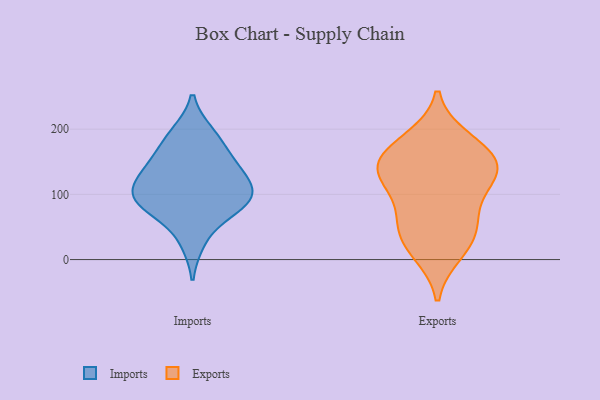
{"axis": {"x": "Customer Acquisition Cost (USD)", "y": "Value"}, "legend": ["Exports", "Imports"], "data": [{"x": "", "y": 149, "type": "Imports"}, {"x": "", "y": 118, "type": "Imports"}, {"x": "", "y": 82, "type": "Imports"}, {"x": "", "y": 81, "type": "Imports"}, {"x": "", "y": 79, "type": "Imports"}, {"x": "", "y": 134, "type": "Imports"}, {"x": "", "y": 95, "type": "Imports"}, {"x": "", "y": 187, "type": "Imports"}, {"x": "", "y": 28, "type": "Imports"}, {"x": "", "y": 193, "type": "Imports"}, {"x": "", "y": 111, "type": "Imports"}, {"x": "", "y": 154, "type": "Imports"}, {"x": "", "y": 103, "type": "Imports"}, {"x": "", "y": 44, "type": "Exports"}, {"x": "", "y": 164, "type": "Exports"}, {"x": "", "y": 142, "type": "Exports"}, {"x": "", "y": 70, "type": "Exports"}, {"x": "", "y": 184, "type": "Exports"}, {"x": "", "y": 135, "type": "Exports"}, {"x": "", "y": 132, "type": "Exports"}, {"x": "", "y": 11, "type": "Exports"}, {"x": "", "y": 132, "type": "Exports"}, {"x": "", "y": 23, "type": "Exports"}, {"x": "", "y": 115, "type": "Exports"}, {"x": "", "y": 61, "type": "Exports"}, {"x": "", "y": 172, "type": "Exports"}]}